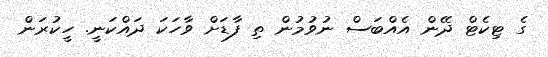
ގެ ޓިކެޓް ދޭން އެއްބަސް ނުވުމުން ތި ފާޑަށް ވާހަކަ ދައްކަނީ. ހީކުރަން